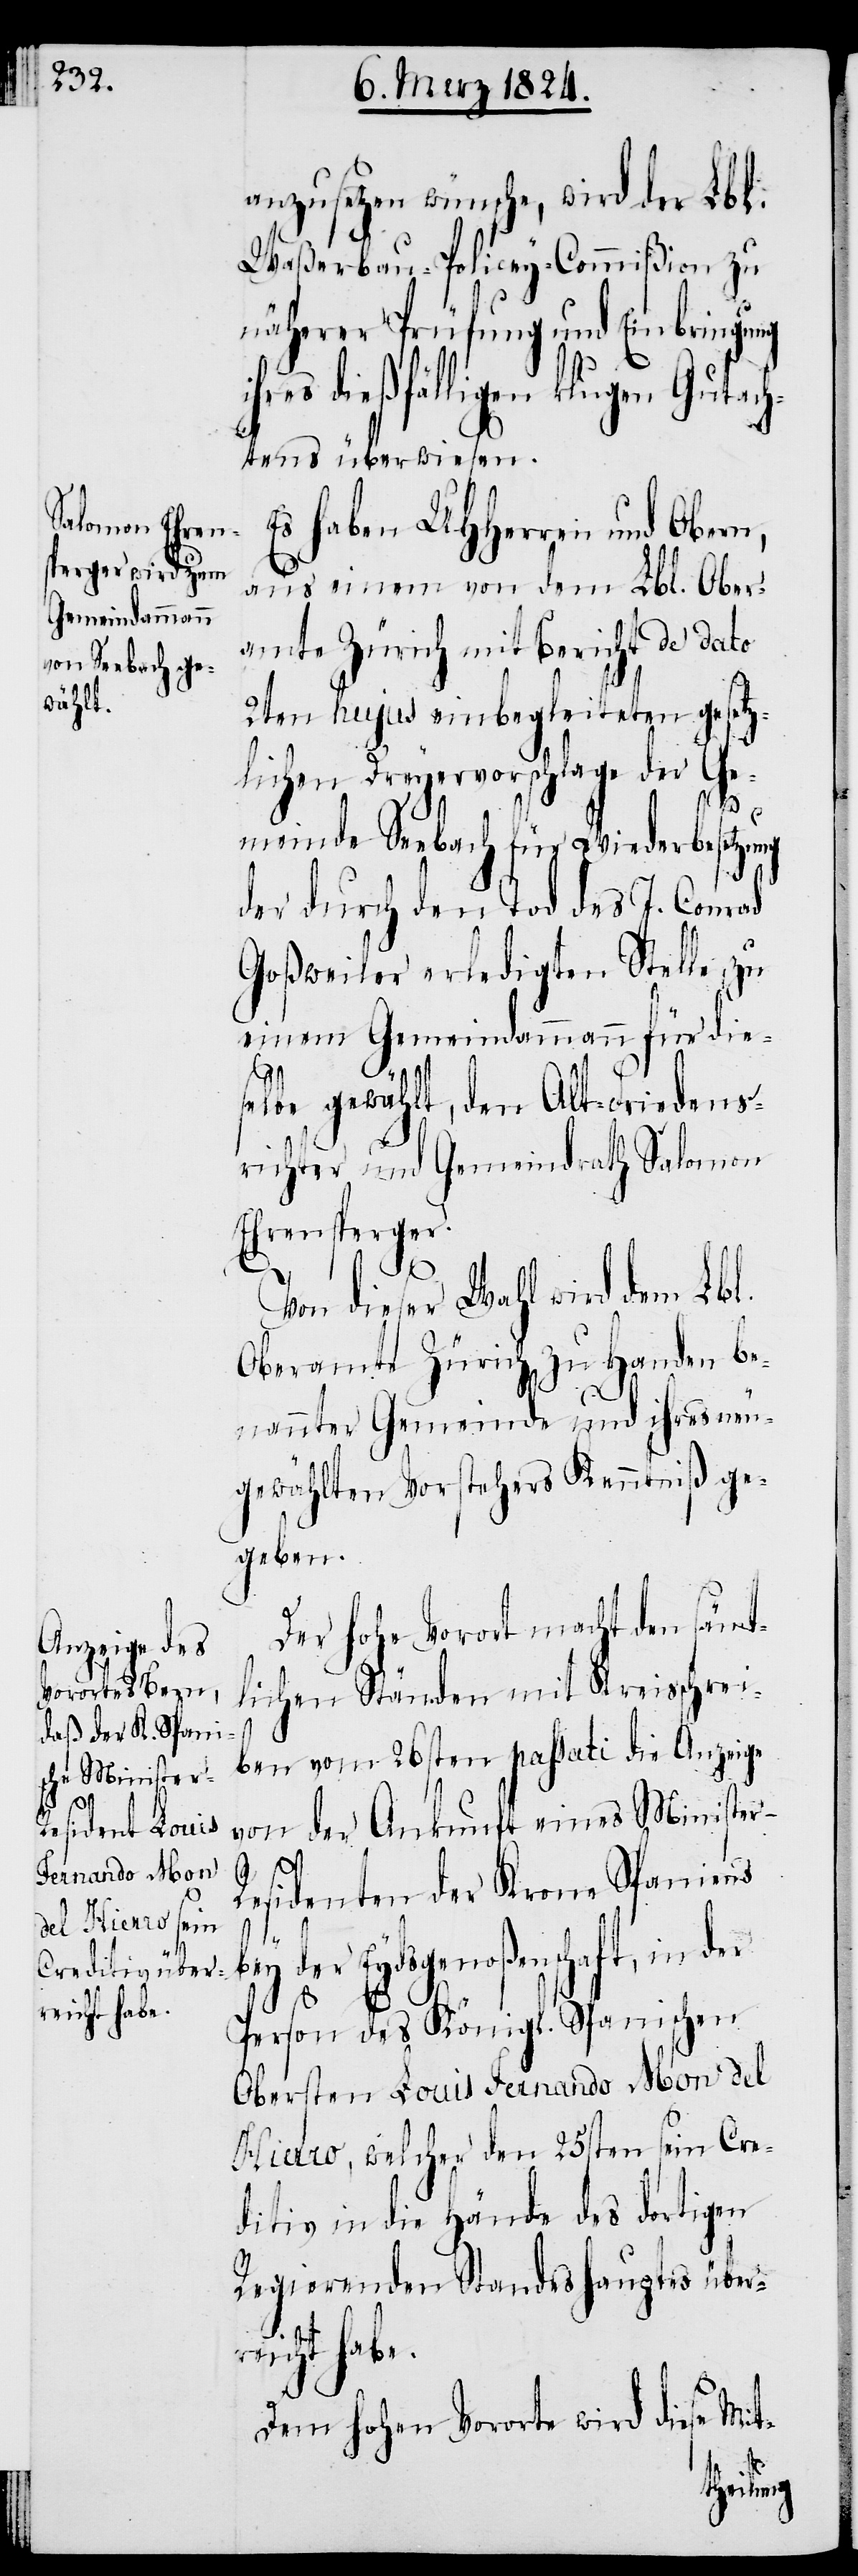
reicht habe.

anzusetzen wünsche, wird der Lbl.
Waßerbau-Policey-Commißion zu
näherer Prüfung und Einbringung
ihres dießfälligen klugen Gutach¬
tens überwiesen.
Es haben UHHerren und Obern,
aus einem von dem Lbl. Ober¬
amte Zürich mit Bericht de dato
2ten hujus einbegleiteten gesetz¬
lichen Dreyervorschlage der Ge¬
meinde Seebach für Wiederbesetzung
der durch den Tod des J. Conrad
Goßweiler erledigten Stelle zu
einem Gemeindammann für die¬
selbe gewählt, den Alt-Friedens¬
richter und Gemeindrath Salomon
Ehrensperger.
Von dieser Wahl wird dem Lbl.
Oberamte Zürich zu Handen be¬
nannter Gemeinde und ihres neu¬
gewählten Vorstehers Kenntniß ge¬
geben.
Der hohe Vorort macht den sämt¬
lichen Ständen mit Kreisschrei¬
ben vom 26sten passati die Anzeige
von der Ankunft eines Ministe¬
esidenten der Krone Spaniens
be¬
y der Eydsgenoßenschaft, in
Person des Königl. Spanischen
Obersten Louis Fernando Mon del
Hierro, welcher den 25sten sein Cre¬
ditiv in die Hände des dortigen
Regierenden Standeshauptes über¬
Dem hohen Vororte wird diese Mit-